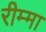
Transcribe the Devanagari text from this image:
रीम्मा